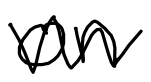
Text: on
Cross-out: zig-zag
Writing tool: digital_black